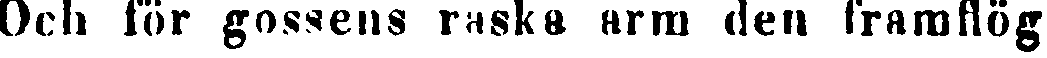
Och för gossens raska arm den framflög